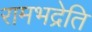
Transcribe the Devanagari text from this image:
रामभद्रेति